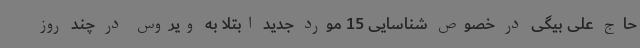
حاج علی بیگی در خصوص شناسایی 15 مورد جدید ابتلا به ویروس در چند روز